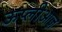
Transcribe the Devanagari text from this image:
ऊप्लीआज़